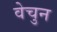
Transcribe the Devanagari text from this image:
वेचुन